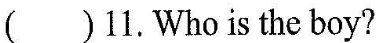
() 11. Who is the boy?